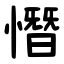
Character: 憯